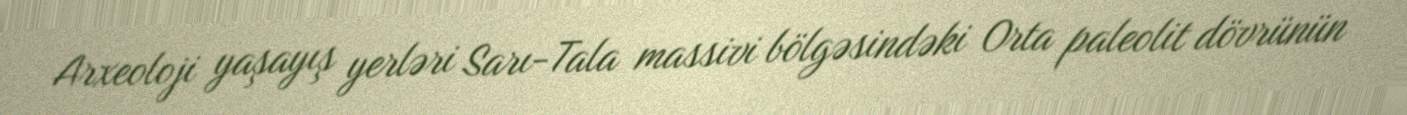
Arxeoloji yaşayış yerləri Sarı-Tala massivi bölgəsindəki Orta paleolit dövrünün